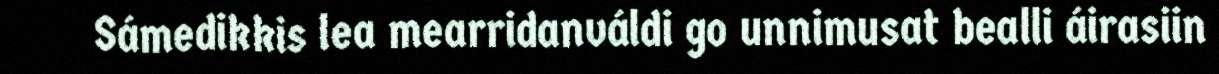
Sámedikkis lea mearridanváldi go unnimusat bealli áirasiin